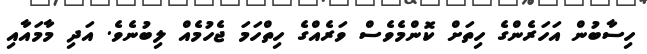
ހިސާބުން އަހަރެންގެ ހިތަށް ކޮންމެވެސް ވަރެއްގެ ހިތްހަމަ ޖެހުމެއް ލިބުނެވެ. އަދި މާމައާއި